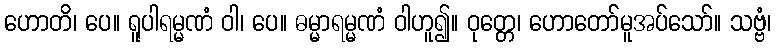
ဟောတိ၊ ပေ။ ရူပါရမ္မဏံ ဝါ၊ ပေ။ ဓမ္မာရမ္မဏံ ဝါဟူ၍။ ဝုတ္တေ၊ ဟောတော်မူအပ်သော်။ သဗ္ဗံ၊